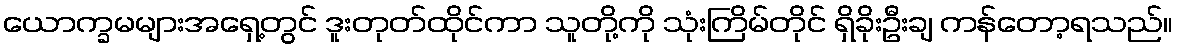
ယောက္ခမများအရှေ့တွင် ဒူးတုတ်ထိုင်ကာ သူတို့ကို သုံးကြိမ်တိုင် ရှိခိုးဦးချ ကန်တော့ရသည်။